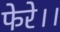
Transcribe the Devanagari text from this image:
फेरे।।